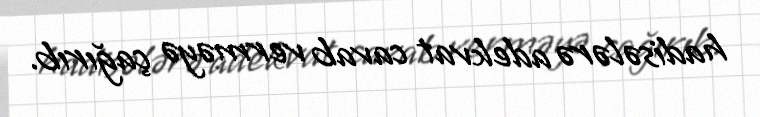
hadisələrə adekvat cavab verməyə çağırıb.